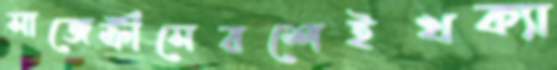
সাজেক্রীসেরশেইখক্যা